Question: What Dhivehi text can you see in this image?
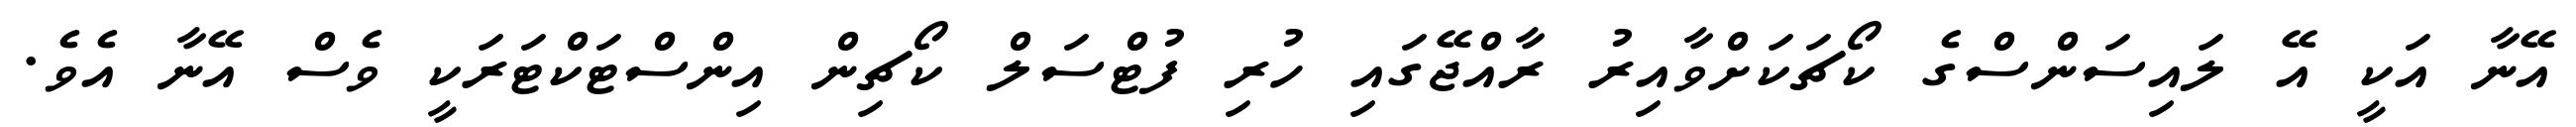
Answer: އޭނާ އަކީ އޭ ލައިސަންސްގެ ކޯޗަކަށްވާއިރު ރާއްޖޭގައި ހުރި ފުޓްސަލް ކޯޗިން އިންސްޓަކްޓަރަކީ ވެސް އޭނާ އެވެ.